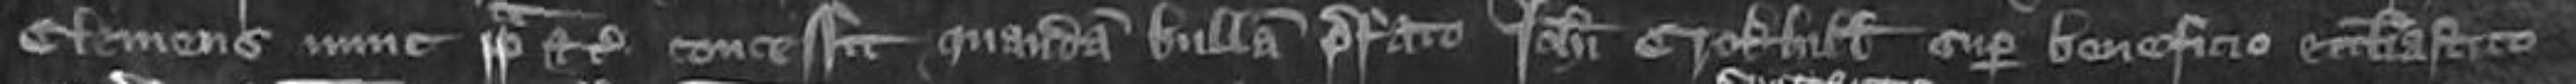
Clemens nunc papa etc concessit quandam bullam prefato Johanne Crokhull super beneficio ecclesiastico